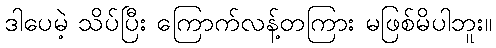
ဒါပေမဲ့ သိပ်ပြီး ကြောက်လန့်တကြား မဖြစ်မိပါဘူး။